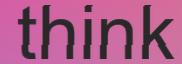
think